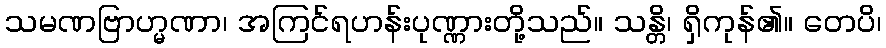
သမဏဗြာဟ္မဏာ၊ အကြင်ရဟန်းပုဏ္ဏားတို့သည်။ သန္တိ၊ ရှိကုန်၏။ တေပိ၊